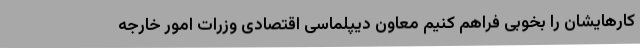
کارهایشان را بخوبی فراهم کنیم معاون دیپلماسی اقتصادی وزرات امور خارجه